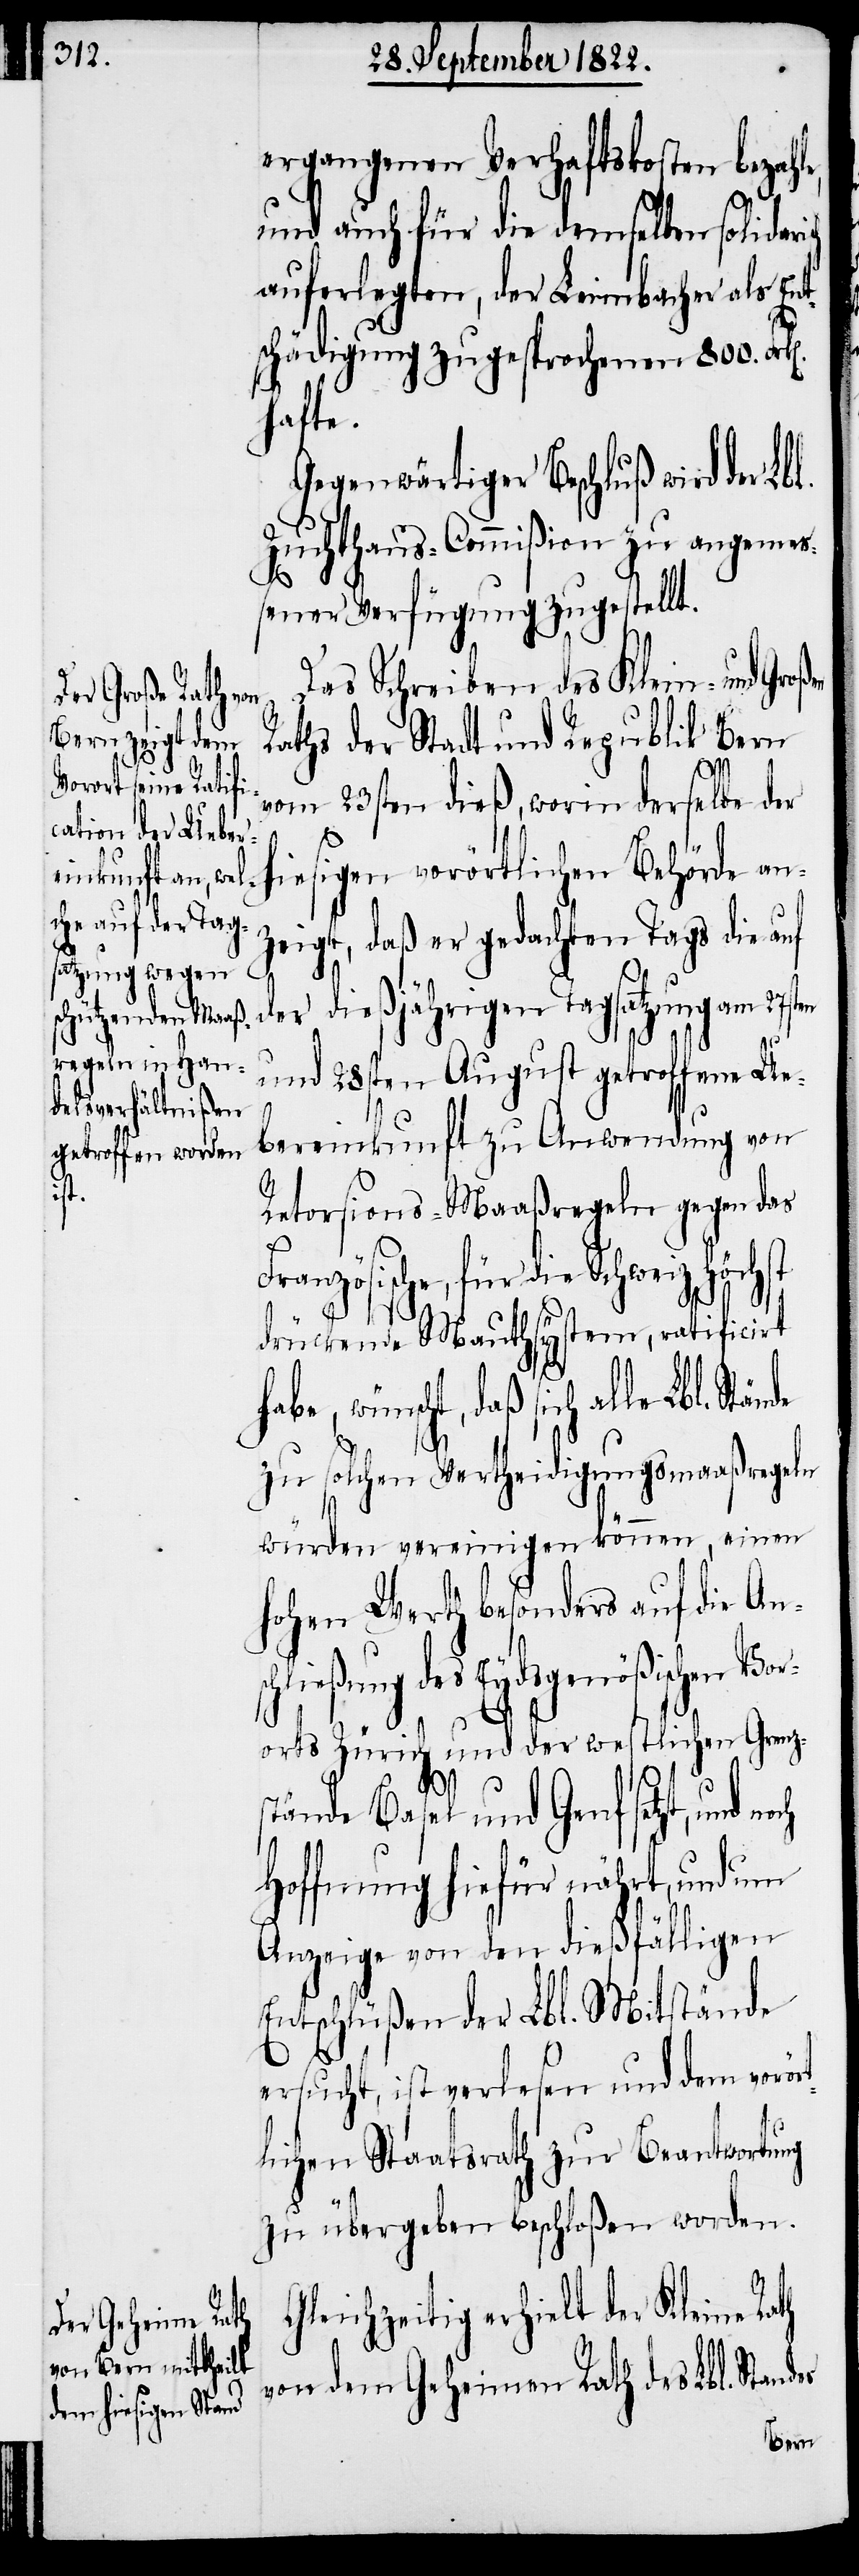
ergangenen Verhaftskosten bezahle,
und auch für die demselben solidari¬
auferlegten, der Leimbacher als Ent¬
schädigung zugesprochenen 800.
hafte.
Gegenwärtiger Beschluß wird der Lb¬
Zuchthaus-Commißion zu angemeß¬
ener Verfügung zugestellt.
Das Schreiben des Klein- und Groß¬
Raths der Stadt und Republik Bern
vom 23sten dieß, worin derselbe der
hiesigen vorörtlichen Behörde an¬
zeigt, daß er gedachten Tags die auf
der dießjährigen Tagsatzung am 27st¬
und 28sten August getroffene Ue¬
t¬
bereinkunft zu Anwendung von
Fra¬
Retorsions-Maaßregeln gegen das
wünscht, daß sich alle Lbl.
drückende Mauthsystem, ratificirt
zu solchen Vertheidigungsmaaßregeln
würden vereinigen können, einen
hohen Werth besonders auf die Ansc¬
hließung des Eydsgenößischen Vo¬
rorts Zürich und der westlichen Grenz¬
tände Basel und Genf setzt, und
Hoffnung hiefür nährt, und um
Anzeige von den dießfälligen
Entschlüßen der Lbl. Mitstände
ersucht, ist verlesen und dem vorör¬
lichen Staatsrath zur Beantwortung
zu übergeben beschloßen worden.